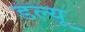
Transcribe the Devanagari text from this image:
डल्यू